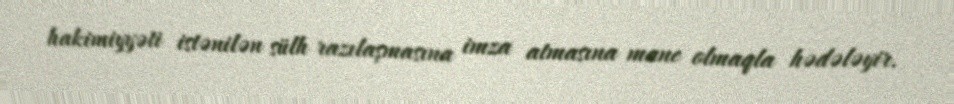
hakimiyyəti istənilən sülh razılaşmasına imza atmasına mane olmaqla hədələyir.